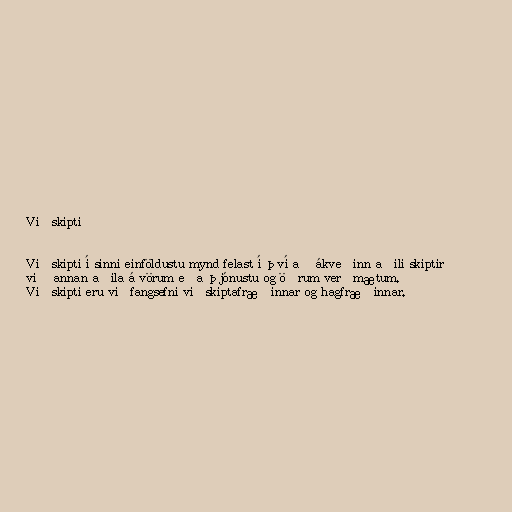
Viðskipti

Viðskipti í sinni einföldustu mynd felast í því að ákveðinn aðili skiptir
við annan aðila á vörum eða þjónustu og öðrum verðmætum.
Viðskipti eru viðfangsefni viðskiptafræðinnar og hagfræðinnar.